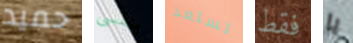
حميد بنفسى تستعد فقط يا